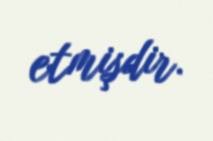
etmişdir.